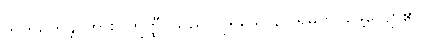
ဘူတရတန္တိ၊ ကား။ ဣတ္ထီ၊ သည်။ ပုရိသေ၊ ၌။ ရမတိ၊ မွေ့လျော်၏။